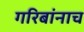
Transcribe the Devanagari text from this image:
गरिबांनाच